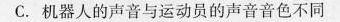
C.机器人的声音与运动员的声音音色不同